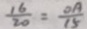
\frac { 1 6 } { 2 0 } = \frac { O A } { 1 5 }